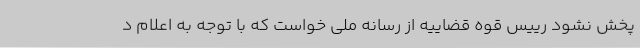
پخش نشود رییس قوه قضاییه از رسانه ملی خواست که با توجه به اعلام د